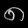
Digit: ၈